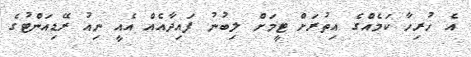
އެ ހުރިހާ ކަމެއްގެ އިތުރަށް ޓީމަށް ލިބުނު ފައިދާއެއް އެއީ ނިއު ރޭޑިއަންޓުގެ